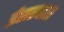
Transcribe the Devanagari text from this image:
ईसरदास